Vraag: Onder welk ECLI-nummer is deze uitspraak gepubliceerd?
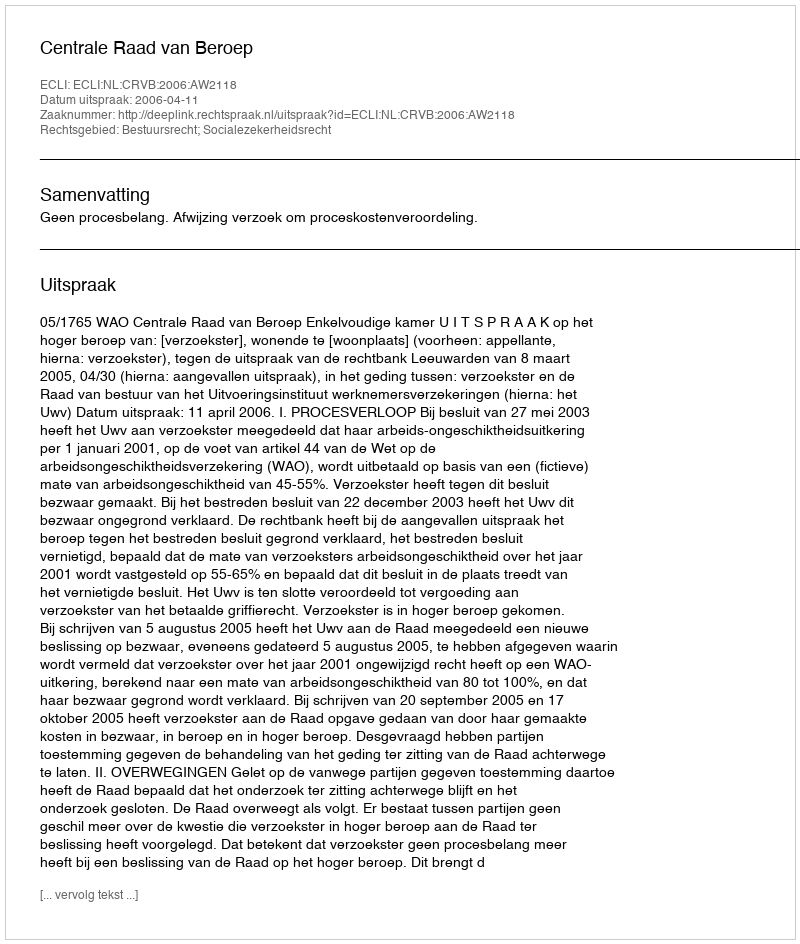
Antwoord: ECLI:NL:CRVB:2006:AW2118